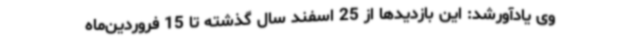
وی یادآورشد: این بازدیدها از 25 اسفند سال گذشته تا 15 فروردین‌ماه